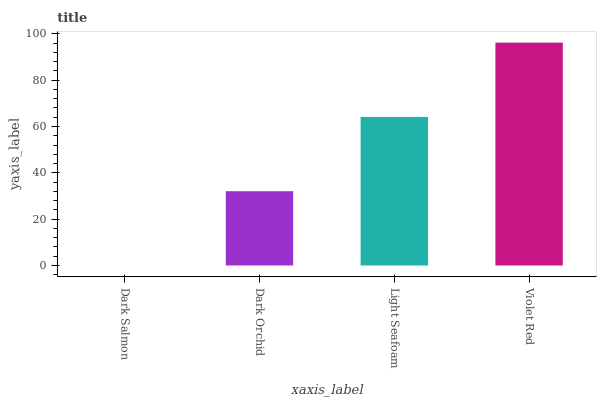
| xaxis_label | bars |
 | --- | --- |
 | Dark Salmon | 0 |
 | Dark Orchid | 32.1 |
 | Light Seafoam | 64.1 |
 | Violet Red | 96.2 |